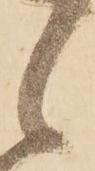
候